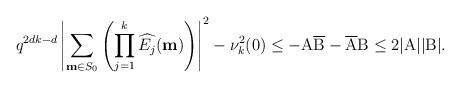
LaTeX: \begin{align*}q^{2dk-d} \left| \sum_{{\bf m}\in S_0}\left(\prod_{j=1}^k \widehat{E_j}({\bf m})\right)\right|^2 -\nu^2_k(0) \le -\mbox{A} \overline{\mbox{B}} - \overline{\mbox{A}} \mbox{B} \le 2 |\mbox{A}| |\mbox{B}|.\end{align*}